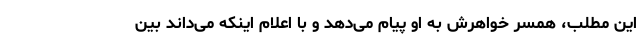
این مطلب، همسر خواهرش به او پیام می‌دهد و با اعلام اینکه می‌داند بین